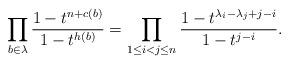
LaTeX: \begin{align*}\prod_{b\in \lambda} \dfrac{1-t^{n+c(b)}}{1-t^{h(b)}} = \prod_{1\leq i <j \leq n} \dfrac{1-t^{\lambda_i-\lambda_j+j-i}}{1-t^{j-i}}.\end{align*}